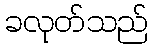
ခလုတ်သည်